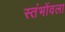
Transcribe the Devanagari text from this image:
स्तंभोंवला